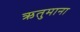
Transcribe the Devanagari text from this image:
ऋतुमाना